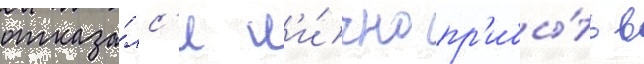
отказа́лс'я л'и́чно пр'ибы́ть в